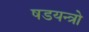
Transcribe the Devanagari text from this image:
षडयन्त्रो